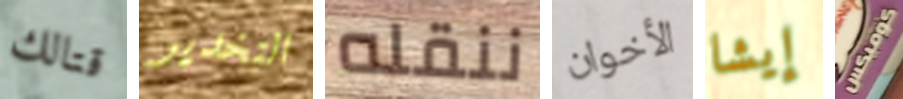
قتالك التخدير ننقله الأخوان إيشا كوميكس